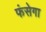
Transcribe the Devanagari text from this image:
फंसेगा